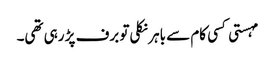
مہستی کسی کام سے باہر نکلی تو برف پڑ رہی تھی۔